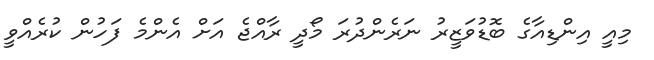
މިއީ އިންޑިއާގެ ބޮޑުވަޒީރު ނަރެންދުރަ މޯދީ ރާއްޖެ އަށް އެންމެ ފަހުން ކުރެއްވީ